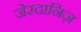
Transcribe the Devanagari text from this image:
जेरदानिज़